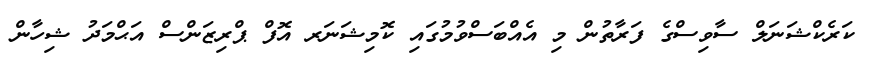
ކަރެކްޝަނަލް ސާވިސްގެ ފަރާތުން މި އެއްބަސްވުމުގައި ކޮމިޝަނަރ އޮފް ޕްރިޒަންސް އަޙްމަދު ޝިހާން